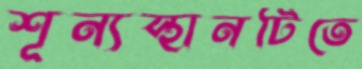
শূন্যস্থানটিতে